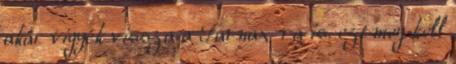
akár vigyék vissza a Tarnax-ra is. ezt meg kell